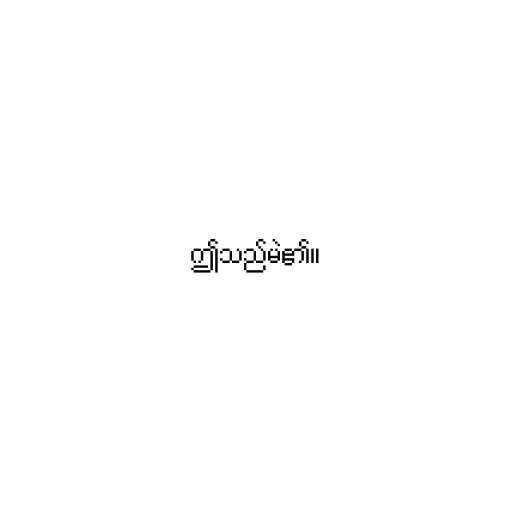
ဤသည်မဲ၏။